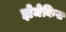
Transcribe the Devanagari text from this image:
झेमेकिस